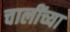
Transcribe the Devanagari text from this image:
चालींच्या